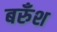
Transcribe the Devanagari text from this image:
बरुँश